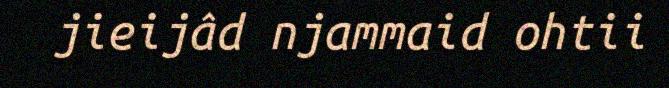
jieijâd njammaid ohtii